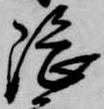
隈